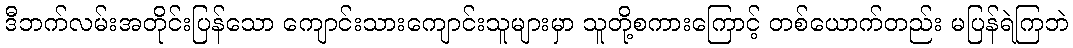
ဒီဘက်လမ်းအတိုင်းပြန်သော ကျောင်းသားကျောင်းသူများမှာ သူတို့စကားကြောင့် တစ်ယောက်တည်း မပြန်ရဲကြဘဲ